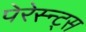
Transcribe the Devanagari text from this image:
पेरेस्न्ट्स